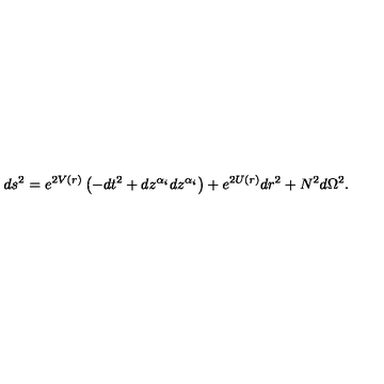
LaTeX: d s ^ { 2 } = e ^ { 2 V ( r ) } \left( - d t ^ { 2 } + d z ^ { \alpha _ { i } } d z ^ { \alpha _ { i } } \right) + e ^ { 2 U ( r ) } d r ^ { 2 } + N ^ { 2 } d \Omega ^ { 2 } .